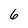
Character: 6